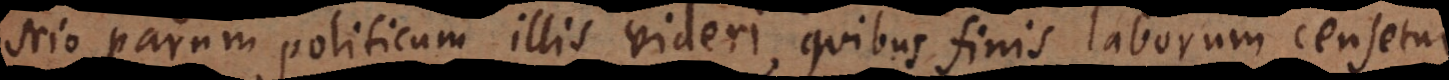
scio parum politicum illis videri, quibus finis laborum